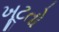
ખૂટતો